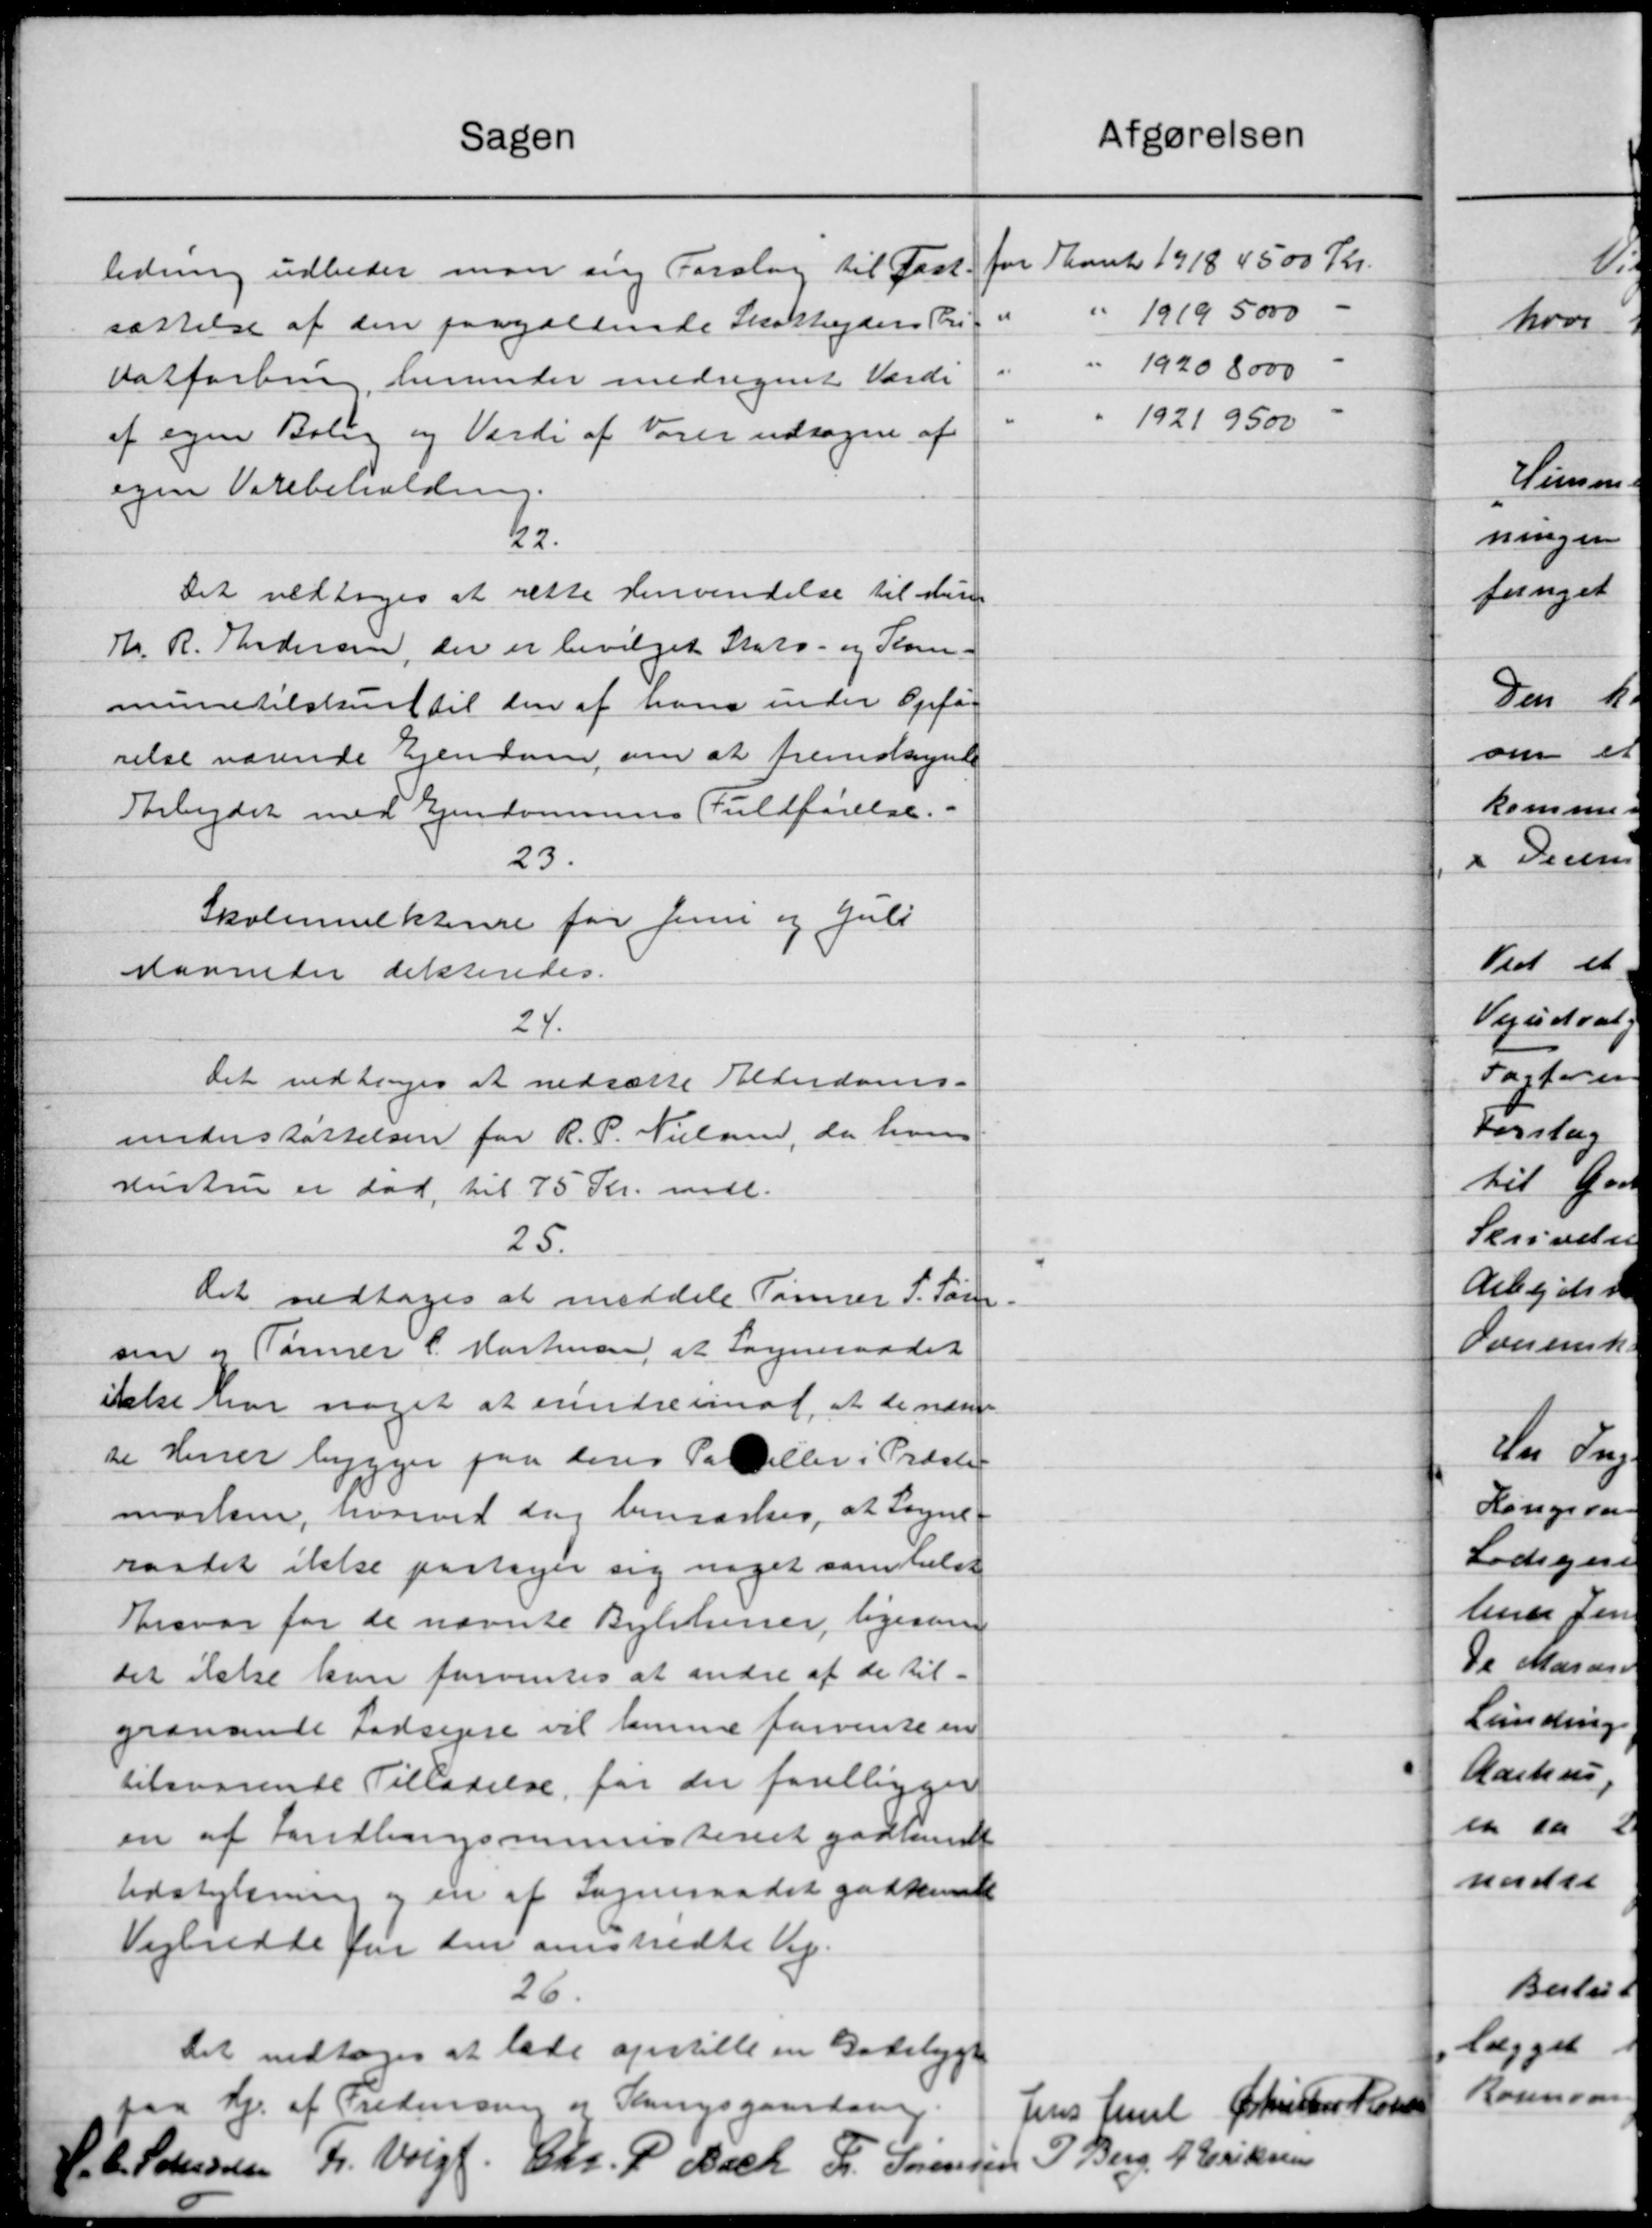
Transskription:
Afgørelsen
Sagen
for Aaret 1918 4500 Kr.
ledning udbeder man ang Forslag til Paat-
" 1919, 5000
"
sættelse af den paagældende Skatteydere Pri
" 1920, 8000
Vatforbung, herunder medregnet Varde
1921 9500
af egen Bolig og Værdi af Varer udsagen af
egen Varebeholding.
22.
Det vedtoges at rette Henvendelse til den
H. R. Andersen, der er bevilget Stats- og Kom-
munetilskud til den af hans under Opfør
relse værende Ejendom, om at fremskynde
Arbejdet med Ejendommens Fuldførelse.
23.
Skolemulkterne for Juni og Juli
Navneder dikteredes.
24.
Det vedtoges at nedsætte Alderdoms-
understøttelsen for R. P. Nielsen, da han
Hustru er død til 75 Kr. mdl.
25.
Det vedtoges at meddele Tømrer S. Som-
sen og Tønner C. Mortensen at Sogneraadet
ikke har noget at erindre imod, at de nævn
de Herrer bygger paa deres Paller i Præste
maskine, hvorved dog bemærkes, at Sogne-
raadet ikke paatager sig noget samtlig
Brsvar for de nævnte Bylterer, ligesom
det ikke kan forventes at andre af de til-
granande Lodsejere vil lemme forvente en
tilsvarende Tilladelse, for der foreligger
en af Landbrugsministeriet godkendt
Udstykning og en af Sogneraadet godkendt
Vejbredte for den omskredte Vej.
26.
Det vedtoges at lade opstille en Bodelygt
Hj. af Fredensen og Gangsgaardsvej.
Jens Juul Christen Hansen
C. L. Sørenssen Fr. Voigt. Chr. P. Bach Fr. Sørensen J. Berg, J. Eriksen